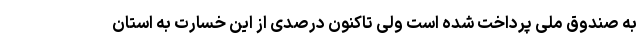
به صندوق ملی پرداخت شده است ولی تاکنون درصدی از این خسارت به استان